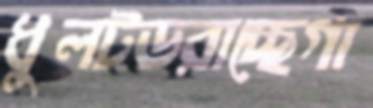
ধুলটডরাচ্ছেগা